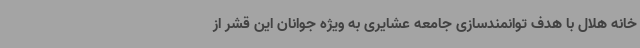
خانه هلال با هدف توانمندسازی جامعه عشایری به ویژه جوانان این قشر از